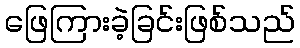
ဖြေကြားခဲ့ခြင်းဖြစ်သည်